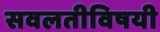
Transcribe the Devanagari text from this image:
सवलतीविषयी